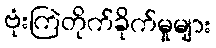
ဗုံးကြဲတိုက်ခိုက်မှုများ